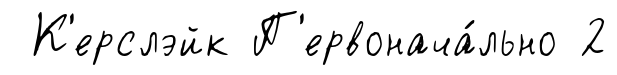
К'ерслэйк П'ервонача́льно 2